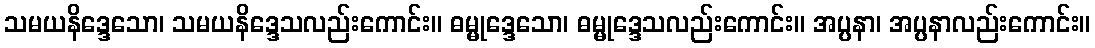
သမယနိဒ္ဒေသော၊ သမယနိဒ္ဒေသလည်းကောင်း။ ဓမ္မုဒ္ဒေသော၊ ဓမ္မုဒ္ဒေသလည်းကောင်း။ အပ္ပနာ၊ အပ္ပနာလည်းကောင်း။